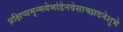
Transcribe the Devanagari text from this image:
प्रक्षिप्यमृन्मयेभांडेनवेसाच्छादनेशुभे